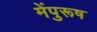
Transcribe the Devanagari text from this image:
मेंपुरूष